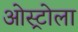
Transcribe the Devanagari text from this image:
ओस्ट्रोला